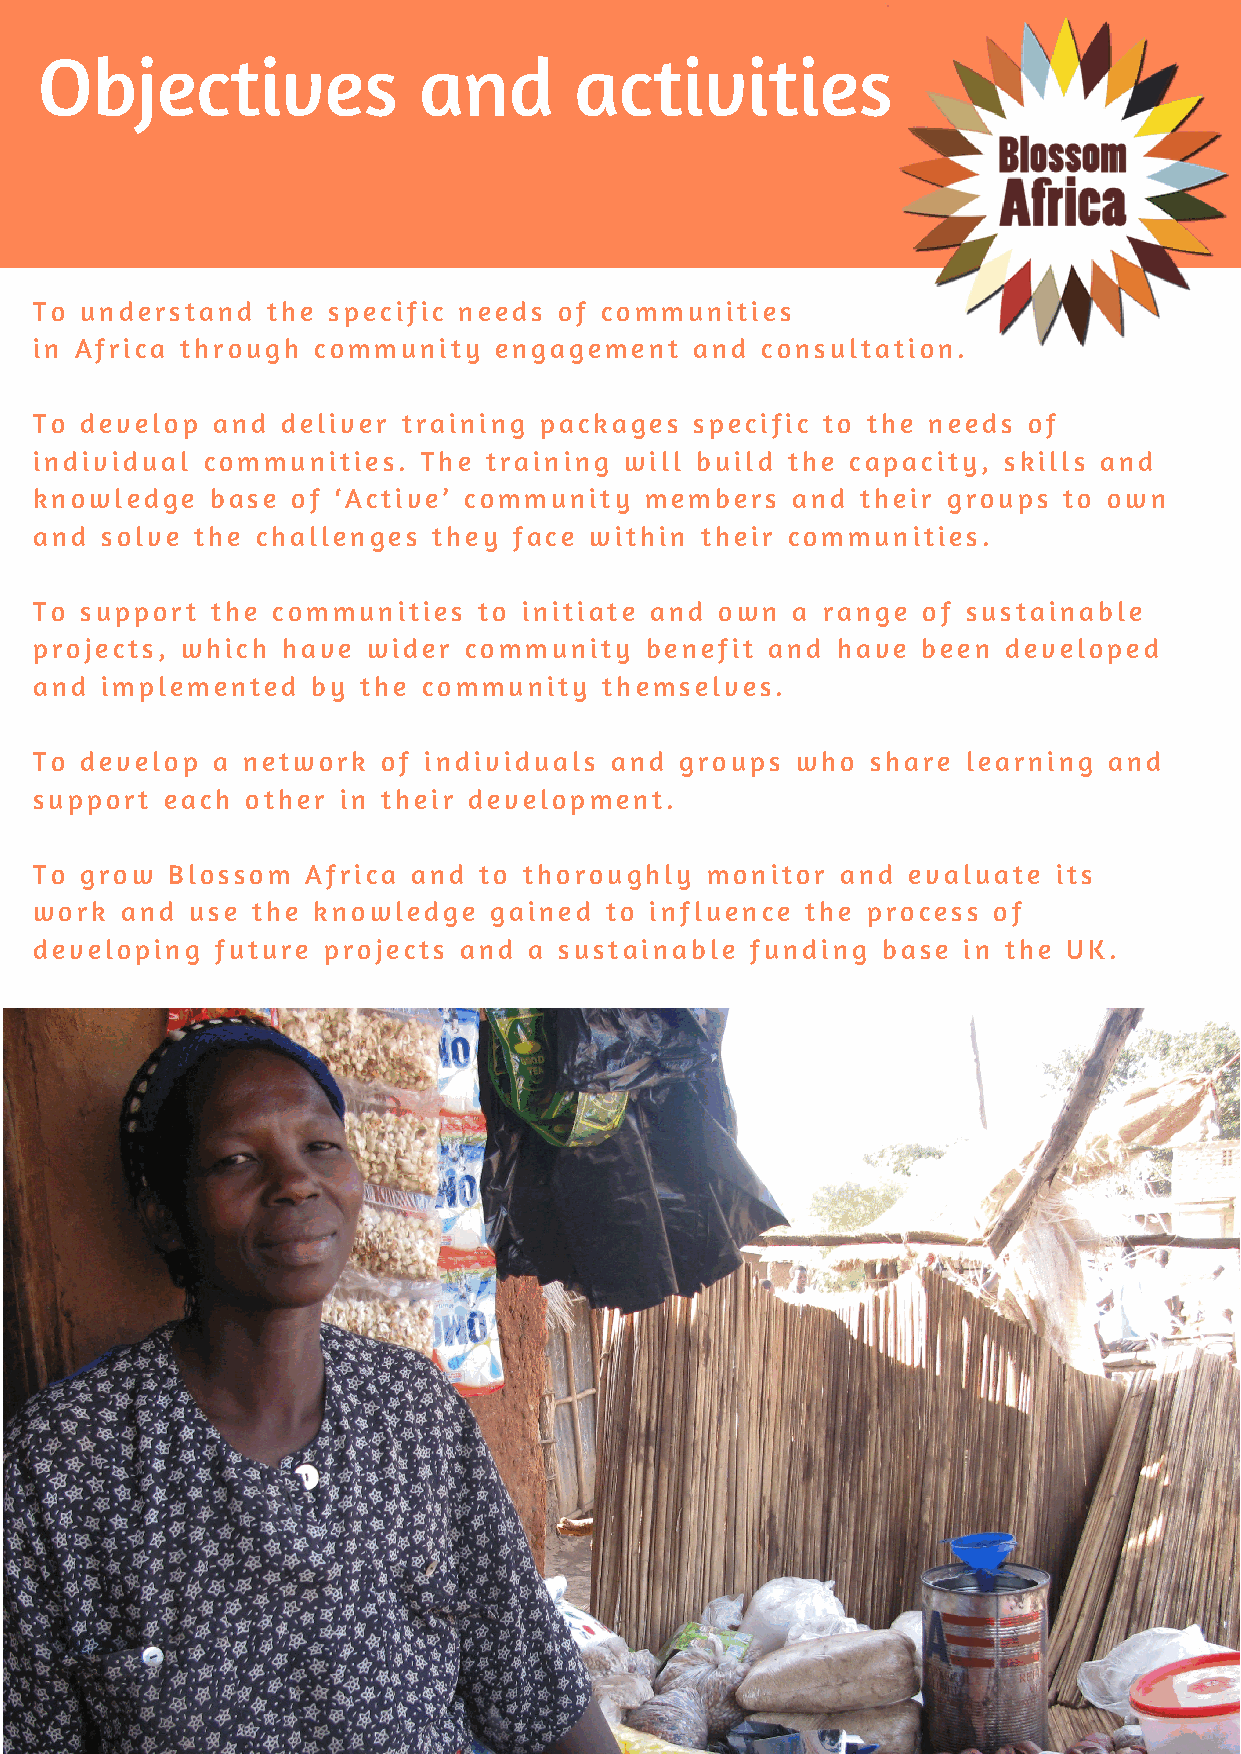
Objectives                and       activities
 To understand   the specific needs of communities
 in Africa through  community   engagement   and consultation.
 To develop  and  deliver training packages  specific to the needs of
 individual communities.   The training will build the capacity, skills and
 knowledge   base of ‘Active’ community   members  and  their groups to own
 and  solve the challenges  they face within their communities.
 To support  the communities   to initiate and own a range  of sustainable
 projects, which  have wider  community   benefit and have  been developed
 and  implemented   by the community   themselves.
 To develop  a network  of individuals and  groups  who  share learning and
 support  each other in their development.
 To grow  Blossom  Africa and  to thoroughly  monitor  and evaluate  its
 work  and use  the knowledge  gained  to influence the process  of
 developing  future projects and  a sustainable  funding base  in the UK.